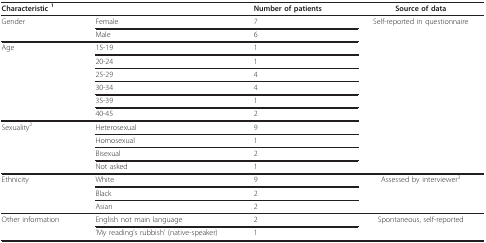
<table><thead><tr><td colspan="2"><b>Characteristic <sup>1</sup></b></td><td><b>Number of patients</b></td><td><b>Source of data</b></td></tr></thead><tbody><tr><td>Gender</td><td>Female</td><td>7</td><td>Self-reported in questionnaire</td></tr><tr><td></td><td>Male</td><td>6</td><td></td></tr><tr><td>Age</td><td>15-19</td><td>1</td><td></td></tr><tr><td></td><td>20-24</td><td>1</td><td></td></tr><tr><td></td><td>25-29</td><td>4</td><td></td></tr><tr><td></td><td>30-34</td><td>4</td><td></td></tr><tr><td></td><td>35-39</td><td>1</td><td></td></tr><tr><td></td><td>40-45</td><td>2</td><td></td></tr><tr><td>Sexuality<sup>2</sup></td><td>Heterosexual</td><td>9</td><td></td></tr><tr><td></td><td>Homosexual</td><td>1</td><td></td></tr><tr><td></td><td>Bisexual</td><td>2</td><td></td></tr><tr><td></td><td>Not asked</td><td>1</td><td></td></tr><tr><td>Ethnicity</td><td>White</td><td>9</td><td>Assessed by interviewer<sup>3</sup></td></tr><tr><td></td><td>Black</td><td>2</td><td></td></tr><tr><td></td><td>Asian</td><td>2</td><td></td></tr><tr><td>Other information</td><td>English not main language</td><td>2</td><td>Spontaneous, self-reported</td></tr><tr><td></td><td>&#x27;My reading&#x27;s rubbish&#x27; (native-speaker)</td><td>1</td><td></td></tr></tbody></table>